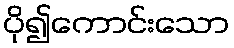
ပို၍ကောင်းသော